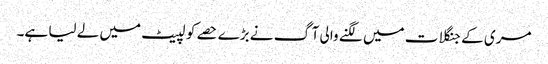
مری کے جنگلات میں لگنے والی آگ نے بڑے حصے کو لپیٹ میں لے لیا ہے۔